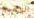
الوضيع